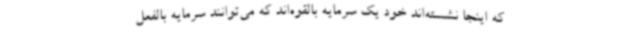
که اینجا نشسته‌اند خود یک سرمایه بالقوه‌اند که می‌توانند سرمایه بالفعل